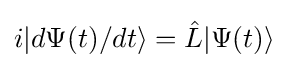
i|d\Psi (t)/dt\rangle ={\hat {L}}|\Psi (t)\rangle